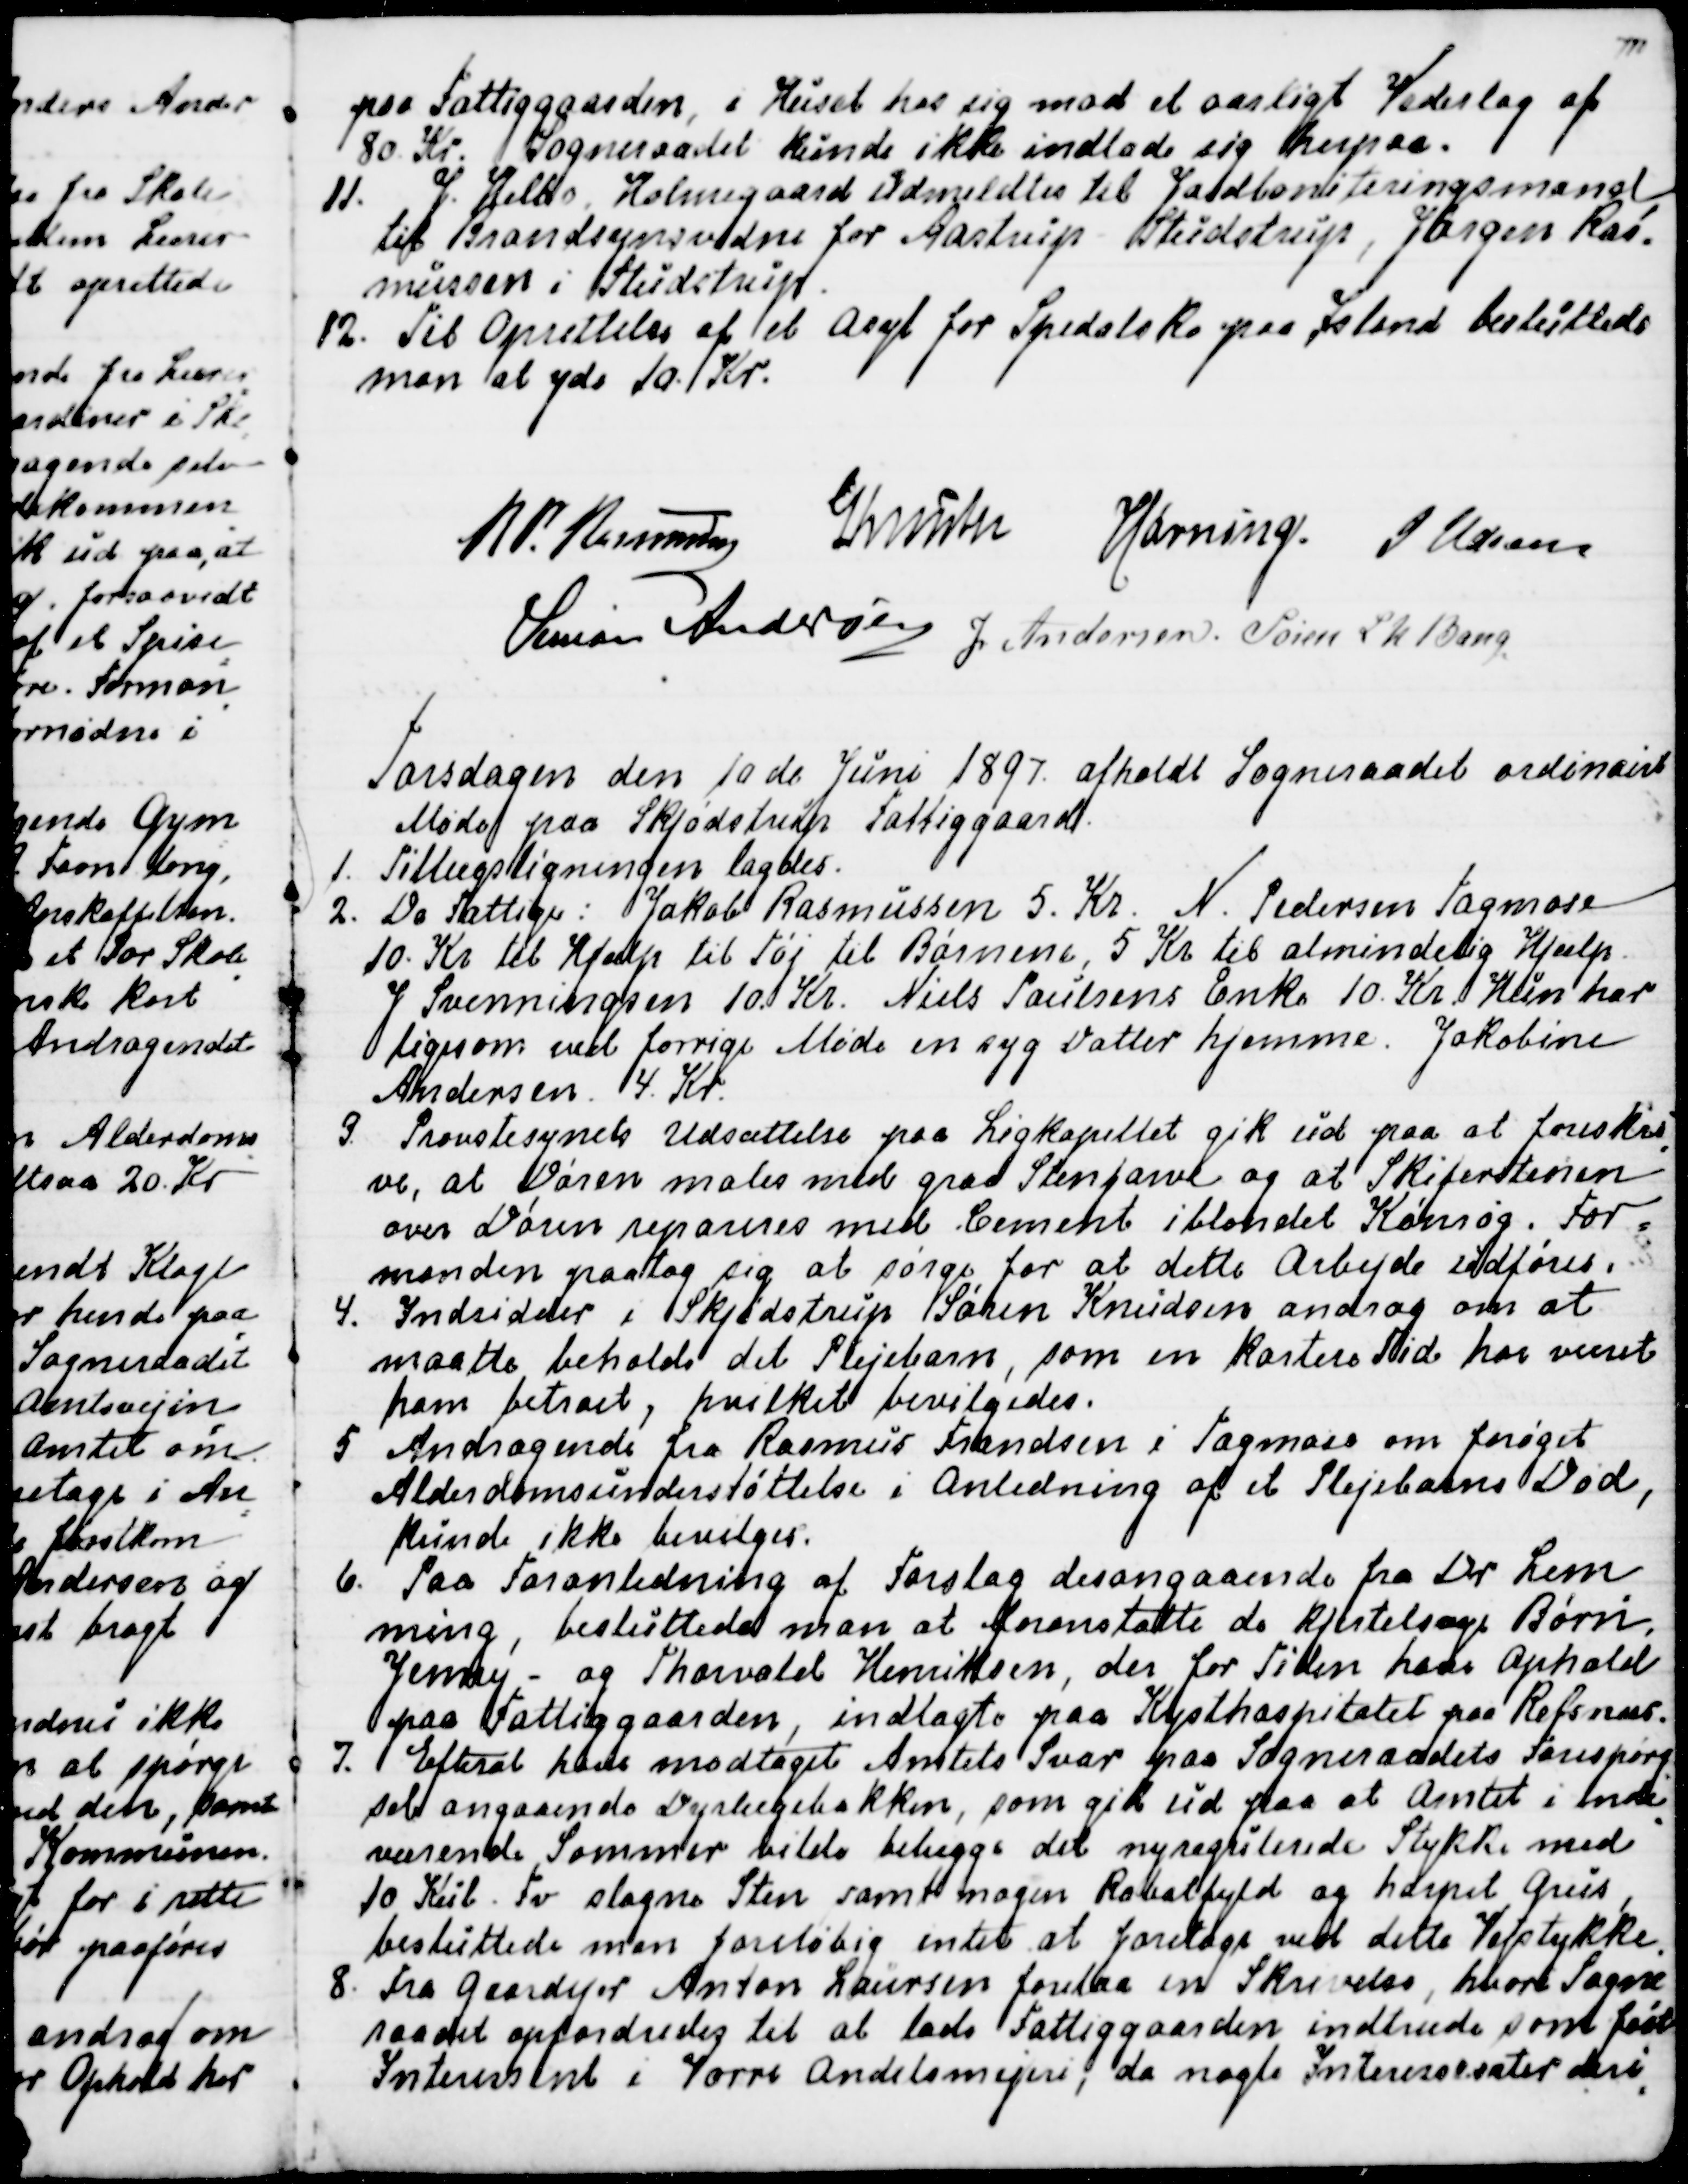
Transskription:
paa Fattiggaarden, i Huset hos sig mod et aarligt Vederlag af
80. Kr. Sogneraadet kunde ikke indlade sig herpaa.
11. J. Helbo, Holmegaard udmeldtes til Jordboniteringsmand,
til Brandsynsvidne for Aastrup - Studstrup, Jørgen Ras-
mussen i Studstrup.
12. Til Oprettelse af et Asyl for Spedalske paa Island besluttede
man at yde 10 Kr.
R P. Rasmussen
Knuth
Hørning
J Udsen
Simon Andersen
J Andersen
Søren L N Bang

Torsdagen den 10de Juni 1897 afholdt Sogneraadet ordinairt
Møde paa Skjødstrup Fattiggaard.
1. Tiilægsligningen lagdes.
2. De Fattige: Jakob Rasmussen 5. Kr. N. Pedersen Tagmose
10. Kr til Hjælp til Tøj til Børnene, 5 Kr til almindelig Hjælp.
J Svenningsen 10, Kr. Niels Paulsens Enke 10. Kr. Hun har
ligesom ved forrige Møde en syg Datter hjemme. Jakobine
Andersen 4. Kr.
3. Provstesynets Udsættelse paa Ligkapellet gik ud paa at foreskri
-
ve, at Døren males med graa Stenfarve og at Skiferstenen
over Døren repareres med Cement iblandet Kønrøg. For=
manden paatog sig at sørge for at dette Arbejde udføres.
4. Indsidder i Skjødstrup Søren Knudsen androg om at
maatte beholde det Plejebarn, som en kortere Tid har været
ham betroet, hvilket bevilgedes.
5. Andragende fra Rasmus Frandsen i Tagmose om forøget
Alderdomsunderstøttelse i Anledning af et Plejebarns Død,
kunde ikke bevilges.
6. Paa Foranledning af Forslag desangaaende fra Dr Lem
=
ming, besluttede man at foranstalte de kjirtelsage Børn,
Jenny - og Thorvald Henriksen, der for Tiden har Ophold
paa Fattiggaarden, indlagte paa Kysthospitalet paa Refsnæs.
7. Efterat have modtaget Amtets Svar paa Sogneraadets Forespørg
=
sel angaaende Dyrelægebakken, som gik ud paa at Amtet i inde
=
værende Sommer vilde belægge det nyregulerede Stykke med
10 Kub. Fv. slagne Sten samt nogen Rabatfyld og harpet Grus,
besluttede man foreløbig intet at foretage ved dette Vejstykke.
8.  Fra Gaardejer Anton Laursen forelaa en Skrivelse, hvori Sogne
-
raadet opfordredes til at lade Fattiggaarden indtræde som fast
Interessent i Vorre Andelsmejeri; da nogle Interessenter deri
-